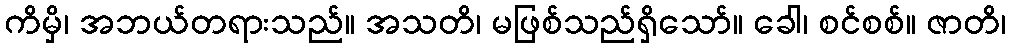
ကိမှိ၊ အဘယ်တရားသည်။ အသတိ၊ မဖြစ်သည်ရှိသော်။ ခေါ၊ စင်စစ်။ ဇာတိ၊